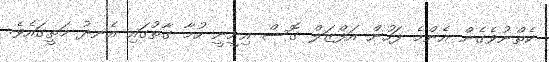
ކެތްނުވެގެން އެންމެ ފަހުން އަފްޒަލް ގޮސް އިށީނީ ހުމާ ގާތުގައި އެނދު މަތީގައެވެ.